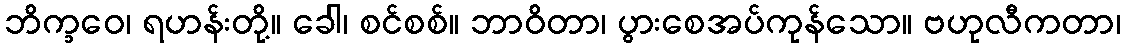
ဘိက္ခဝေ၊ ရဟန်းတို့။ ခေါ၊ စင်စစ်။ ဘာဝိတာ၊ ပွားစေအပ်ကုန်သော။ ဗဟုလီကတာ၊